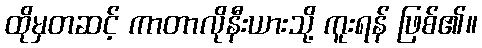
ထိုမှတဆင့် ကာတာလိုနီးယားသို့ ကူးရန် ဖြစ်၏။